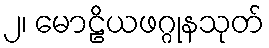
၂၊ မောဠိယဖဂ္ဂုနသုတ်